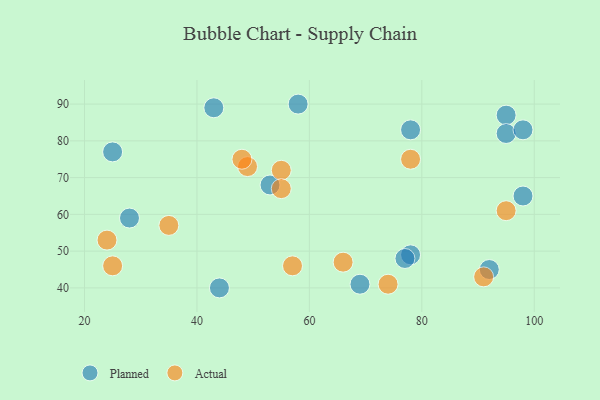
{"axis": {"x": "GDP", "y": "Life Expectancy"}, "legend": ["Actual", "Planned"], "data": [{"x": "58", "y": 90, "type": "Planned"}, {"x": "25", "y": 77, "type": "Planned"}, {"x": "95", "y": 87, "type": "Planned"}, {"x": "28", "y": 59, "type": "Planned"}, {"x": "92", "y": 45, "type": "Planned"}, {"x": "95", "y": 82, "type": "Planned"}, {"x": "98", "y": 83, "type": "Planned"}, {"x": "69", "y": 41, "type": "Planned"}, {"x": "44", "y": 40, "type": "Planned"}, {"x": "43", "y": 89, "type": "Planned"}, {"x": "78", "y": 49, "type": "Planned"}, {"x": "53", "y": 68, "type": "Planned"}, {"x": "77", "y": 48, "type": "Planned"}, {"x": "98", "y": 65, "type": "Planned"}, {"x": "78", "y": 83, "type": "Planned"}, {"x": "24", "y": 53, "type": "Actual"}, {"x": "95", "y": 61, "type": "Actual"}, {"x": "49", "y": 73, "type": "Actual"}, {"x": "74", "y": 41, "type": "Actual"}, {"x": "66", "y": 47, "type": "Actual"}, {"x": "35", "y": 57, "type": "Actual"}, {"x": "91", "y": 43, "type": "Actual"}, {"x": "78", "y": 75, "type": "Actual"}, {"x": "57", "y": 46, "type": "Actual"}, {"x": "25", "y": 46, "type": "Actual"}, {"x": "55", "y": 72, "type": "Actual"}, {"x": "55", "y": 67, "type": "Actual"}, {"x": "48", "y": 75, "type": "Actual"}]}